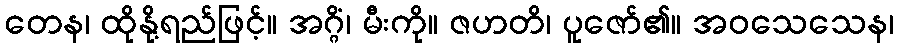
တေန၊ ထိုနို့ရည်ဖြင့်။ အဂ္ဂိံ၊ မီးကို။ ဇဟတိ၊ ပူဇော်၏။ အဝသေသေန၊